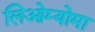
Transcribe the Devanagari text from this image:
लिओम्योमा